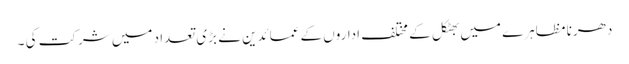
دھرنا مظاہرے میں بھٹکل کے مختلف اداروں کے عمائدین نے بڑی تعداد میں شرکت کی ۔